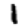
Digit: 1